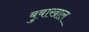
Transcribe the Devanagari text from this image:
बुबाखाल